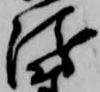
衛